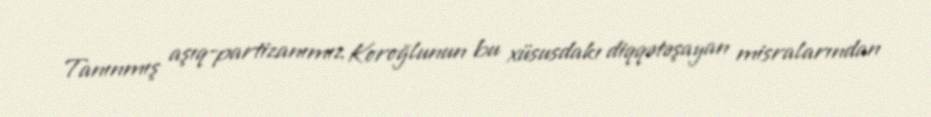
Tanınmış aşıq-partizanımız Koroğlunun bu xüsusdakı diqqətəşayan misralarından